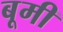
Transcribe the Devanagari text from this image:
बूमी